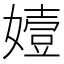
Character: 嬄